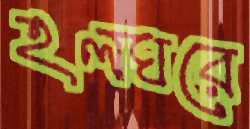
হলঘরে